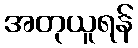
အတုယူရန်